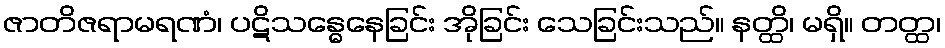
ဇာတိဇရာမရဏံ၊ ပဋိသန္ဓေနေခြင်း အိုခြင်း သေခြင်းသည်။ နတ္ထိ၊ မရှိ။ တတ္ထ၊